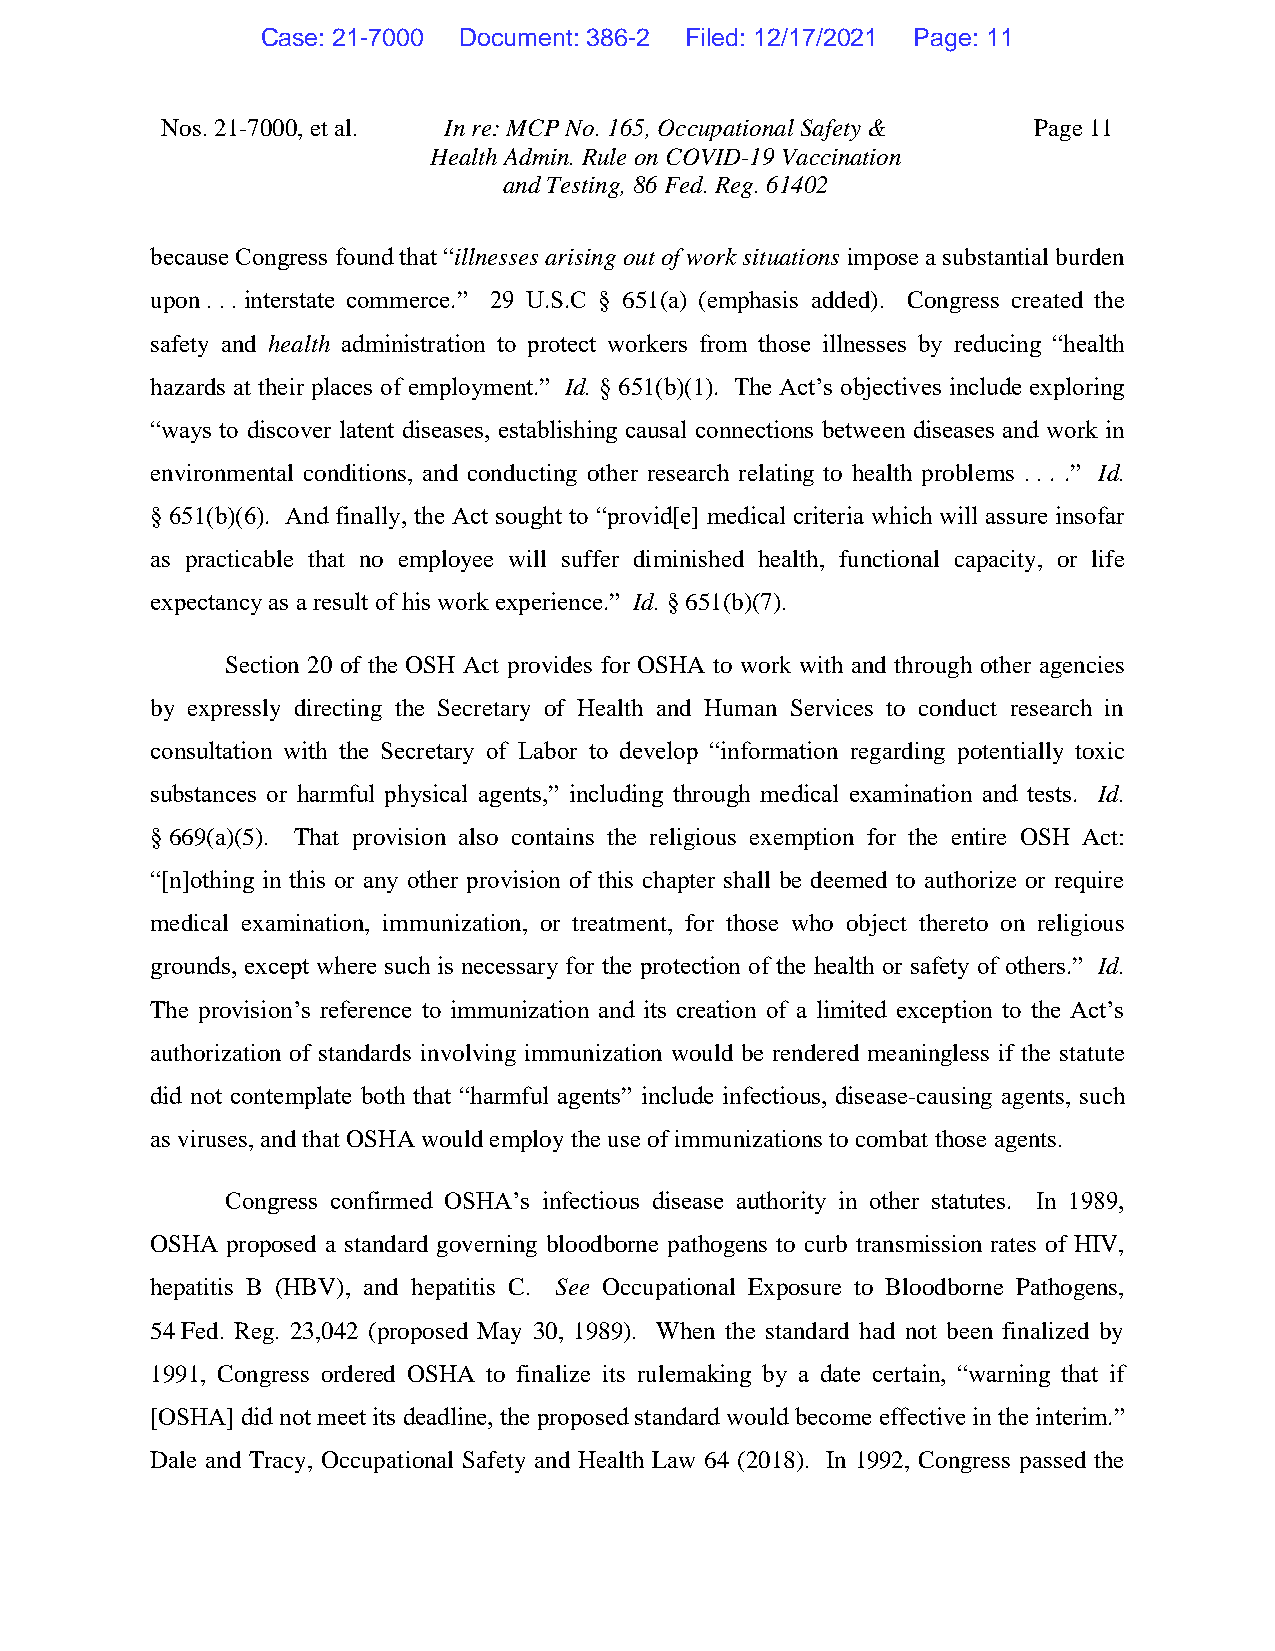
Case: 21-7000 Document: 386-2 Filed: 12/17/2021 Page: 11
 Nos. 21-7000, et al. In re: MCP No. 165, Occupational Safety & Page 11
 Health Admin. Rule on COVID-19 Vaccination
 and Testing, 86 Fed. Reg. 61402
 because Congress found that “illnesses arising out of work situations impose a substantial burden
 upon . . . interstate commerce.” 29 U.S.C § 651(a) (emphasis added). Congress created the
 safety and health administration to protect workers from those illnesses by reducing “health
 hazards at their places of employment.” Id. § 651(b)(1). The Act’s objectives include exploring
 “ways to discover latent diseases, establishing causal connections between diseases and work in
 environmental conditions, and conducting other research relating to health problems . . . .” Id.
 § 651(b)(6). And finally, the Act sought to “provid[e] medical criteria which will assure insofar
 as practicable that no employee will suffer diminished health, functional capacity, or life
 expectancy as a result of his work experience.” Id. § 651(b)(7).
 Section 20 of the OSH Act provides for OSHA to work with and through other agencies
 by expressly directing the Secretary of Health and Human Services to conduct research in
 consultation with the Secretary of Labor to develop “information regarding potentially toxic
 substances or harmful physical agents,” including through medical examination and tests. Id.
 § 669(a)(5). That provision also contains the religious exemption for the entire OSH Act:
 “[n]othing in this or any other provision of this chapter shall be deemed to authorize or require
 medical examination, immunization, or treatment, for those who object thereto on religious
 grounds, except where such is necessary for the protection of the health or safety of others.” Id.
 The provision’s reference to immunization and its creation of a limited exception to the Act’s
 authorization of standards involving immunization would be rendered meaningless if the statute
 did not contemplate both that “harmful agents” include infectious, disease-causing agents, such
 as viruses, and that OSHA would employ the use of immunizations to combat those agents.
 Congress confirmed OSHA’s infectious disease authority in other statutes. In 1989,
 OSHA proposed a standard governing bloodborne pathogens to curb transmission rates of HIV,
 hepatitis B (HBV), and hepatitis C. See Occupational Exposure to Bloodborne Pathogens,
 54 Fed. Reg. 23,042 (proposed May 30, 1989). When the standard had not been finalized by
 1991, Congress ordered OSHA to finalize its rulemaking by a date certain, “warning that if
 [OSHA] did not meet its deadline, the proposed standard would become effective in the interim.”
 Dale and Tracy, Occupational Safety and Health Law 64 (2018). In 1992, Congress passed the